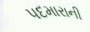
પદમારાની